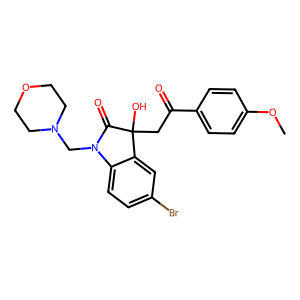
SMILES: COc1ccc(C(=O)CC2(O)C(=O)N(CN3CCOCC3)c3ccc(Br)cc32)cc1
Inhibits HIV replication: No